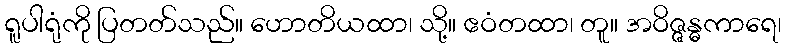
ရူပါရုံကို ပြတတ်သည်။ ဟောတိယထာ၊ သို့။ ဧဝံတထာ၊ တူ။ အဝိဇ္ဇန္ဓကာရေ၊